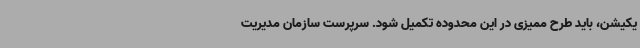
یکیشن، باید طرح ممیزی در این محدوده تکمیل شود. سرپرست سازمان مدیریت